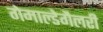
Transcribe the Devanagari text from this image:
गेमाल्डेगैलरी